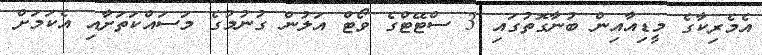
އެމެރިކާގެ މީޑިއާއިން ބުނާގޮތުގައި 3 ސްޓޭޓްގެ ވޯޓް އަލުން ގުނުމުގެ މަސައްކަތަށާއި އެކަމަށް